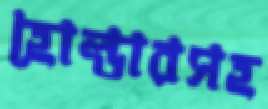
হোল্ডারসহ